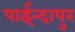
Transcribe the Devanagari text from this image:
पाईन्दापुर